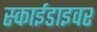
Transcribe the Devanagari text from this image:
स्काईडाइवर